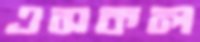
এসকল